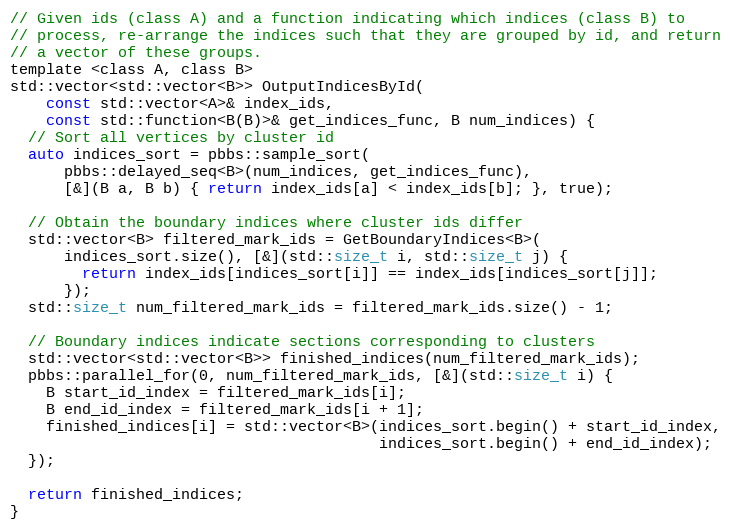
Language: C
// Given ids (class A) and a function indicating which indices (class B) to
// process, re-arrange the indices such that they are grouped by id, and return
// a vector of these groups.
template <class A, class B>
std::vector<std::vector<B>> OutputIndicesById(
    const std::vector<A>& index_ids,
    const std::function<B(B)>& get_indices_func, B num_indices) {
  // Sort all vertices by cluster id
  auto indices_sort = pbbs::sample_sort(
      pbbs::delayed_seq<B>(num_indices, get_indices_func),
      [&](B a, B b) { return index_ids[a] < index_ids[b]; }, true);

  // Obtain the boundary indices where cluster ids differ
  std::vector<B> filtered_mark_ids = GetBoundaryIndices<B>(
      indices_sort.size(), [&](std::size_t i, std::size_t j) {
        return index_ids[indices_sort[i]] == index_ids[indices_sort[j]];
      });
  std::size_t num_filtered_mark_ids = filtered_mark_ids.size() - 1;

  // Boundary indices indicate sections corresponding to clusters
  std::vector<std::vector<B>> finished_indices(num_filtered_mark_ids);
  pbbs::parallel_for(0, num_filtered_mark_ids, [&](std::size_t i) {
    B start_id_index = filtered_mark_ids[i];
    B end_id_index = filtered_mark_ids[i + 1];
    finished_indices[i] = std::vector<B>(indices_sort.begin() + start_id_index,
                                         indices_sort.begin() + end_id_index);
  });

  return finished_indices;
}